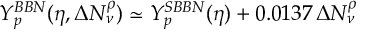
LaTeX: Y _ { p } ^ { B B N } ( \eta , \Delta N _ { \nu } ^ { \rho } ) \simeq Y _ { p } ^ { S B B N } ( \eta ) + 0 . 0 1 3 7 \, \Delta N _ { \nu } ^ { \rho }